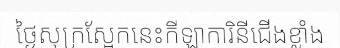
ថ្ងៃសុក្រស្អែកនេះកីឡាការិនីជើងខ្លាំង